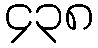
၄၃၈